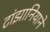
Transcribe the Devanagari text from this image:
टांझानियाने